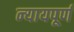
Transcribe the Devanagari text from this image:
न्‍यायपूर्ण